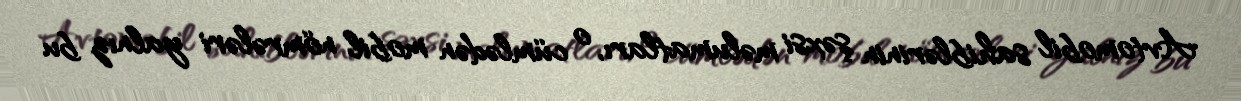
Avtomobil sahiblərinin şəxsi məlumatları, o cümlədən mobil nömrələri yalnız bu